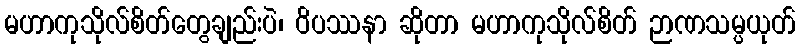
မဟာကုသိုလ်စိတ်တွေချည်းပဲ၊ ဝိပဿနာ ဆိုတာ မဟာကုသိုလ်စိတ် ဉာဏသမ္ပယုတ်